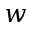
w